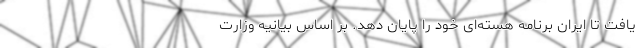
یافت تا ایران برنامه هسته‌ای خود را پایان دهد. بر اساس بیانیه وزارت